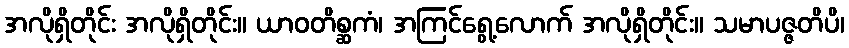
အလိုရှိတိုင်း အလိုရှိတိုင်း။ ယာဝတိစ္ဆကံ၊ အကြင်ရွေ့လောက် အလိုရှိတိုင်း။ သမာပဇ္ဇတိပိ၊